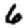
Digit: 6